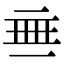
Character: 𬻜